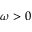
\omega > 0